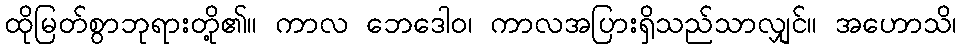
ထိုမြတ်စွာဘုရားတို့၏။ ကာလ ဘေဒေါဝ၊ ကာလအပြားရှိသည်သာလျှင်။ အဟောသိ၊